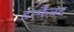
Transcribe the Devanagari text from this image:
इन्फैक्ट